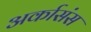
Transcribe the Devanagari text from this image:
अर्कासंस